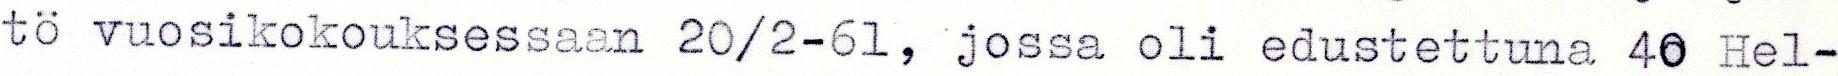
tö vuosikokouksessaan 20/2-61, jossa oli edustettuna 40 Hel-